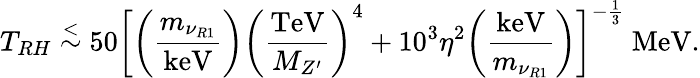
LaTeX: T_{RH}\stackrel{<}{\sim}50\bigg[\bigg({\frac{m_{\nu_{R1}}}{\mathrm{keV}}}\bigg)\bigg({\frac{\mathrm{TeV}}{M_{Z^{\prime}}}}\bigg)^{4}+10^{3}\eta^{2}\bigg({\frac{\mathrm{keV}}{m_{\nu_{R1}}}}\bigg)\bigg]^{-{\frac{1}{3}}}\ {\mathrm{MeV}}.